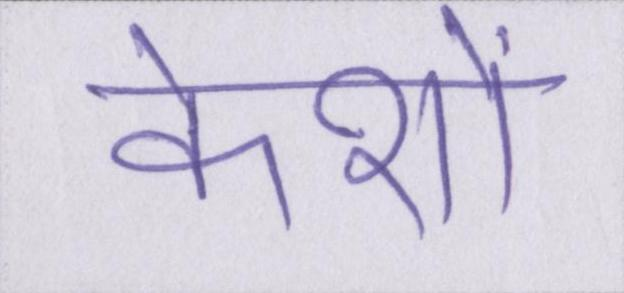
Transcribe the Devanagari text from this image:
केशों